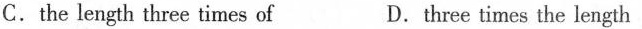
C.the length three times of D.three times the length